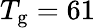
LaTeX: T_{\mathrm{g}}=61